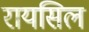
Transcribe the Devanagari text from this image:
रायसिल